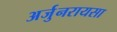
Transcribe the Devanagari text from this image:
अर्जुनरायसा